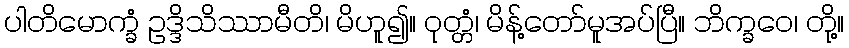
ပါတိမောက္ခံ ဥဒ္ဒိသိဿာမီတိ၊ မိဟူ၍။ ဝုတ္တံ၊ မိန့်တော်မူအပ်ပြီ။ ဘိက္ခဝေ၊ တို့။